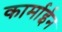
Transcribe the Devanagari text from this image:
कार्माईन